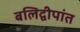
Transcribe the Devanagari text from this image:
बलिद्वीपांत